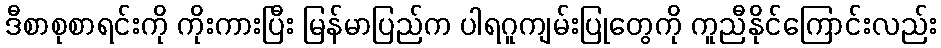
ဒီစာစုစာရင်းကို ကိုးကားပြီး မြန်မာပြည်က ပါရဂူကျမ်းပြုတွေကို ကူညီနိုင်ကြောင်းလည်း